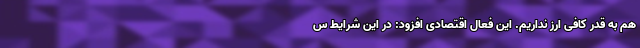
هم به قدر کافی ارز نداریم. این فعال اقتصادی افزود: در این شرایط س